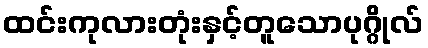
ထင်းကုလားတုံးနှင့်တူသောပုဂ္ဂိုလ်